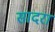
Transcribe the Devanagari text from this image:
सादरा